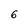
Character: 6